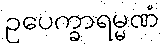
ဥပေက္ခာရမ္မဏံ